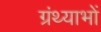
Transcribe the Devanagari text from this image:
ग्रंथ्याभों